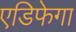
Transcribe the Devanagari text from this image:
एडिफेगा